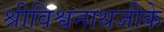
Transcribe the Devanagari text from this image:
श्रीविश्वनाथजीके